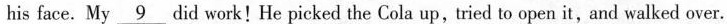
his face. My \underline{9} did work!He picked the Cola up,tried to open it, and walked over.